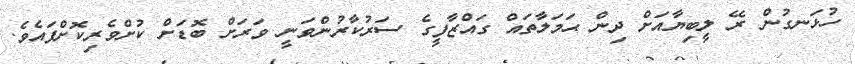
ހުޅަނގުން ރޭ ލީބިޔާއަށް ދިން ޙަމަލާތައް ގައްޒާފީގެ ސަރުކާރުންވަނީ ވަރަށް ބޮޑަށް ކުށްވެރިކޮށްފައެވެ.